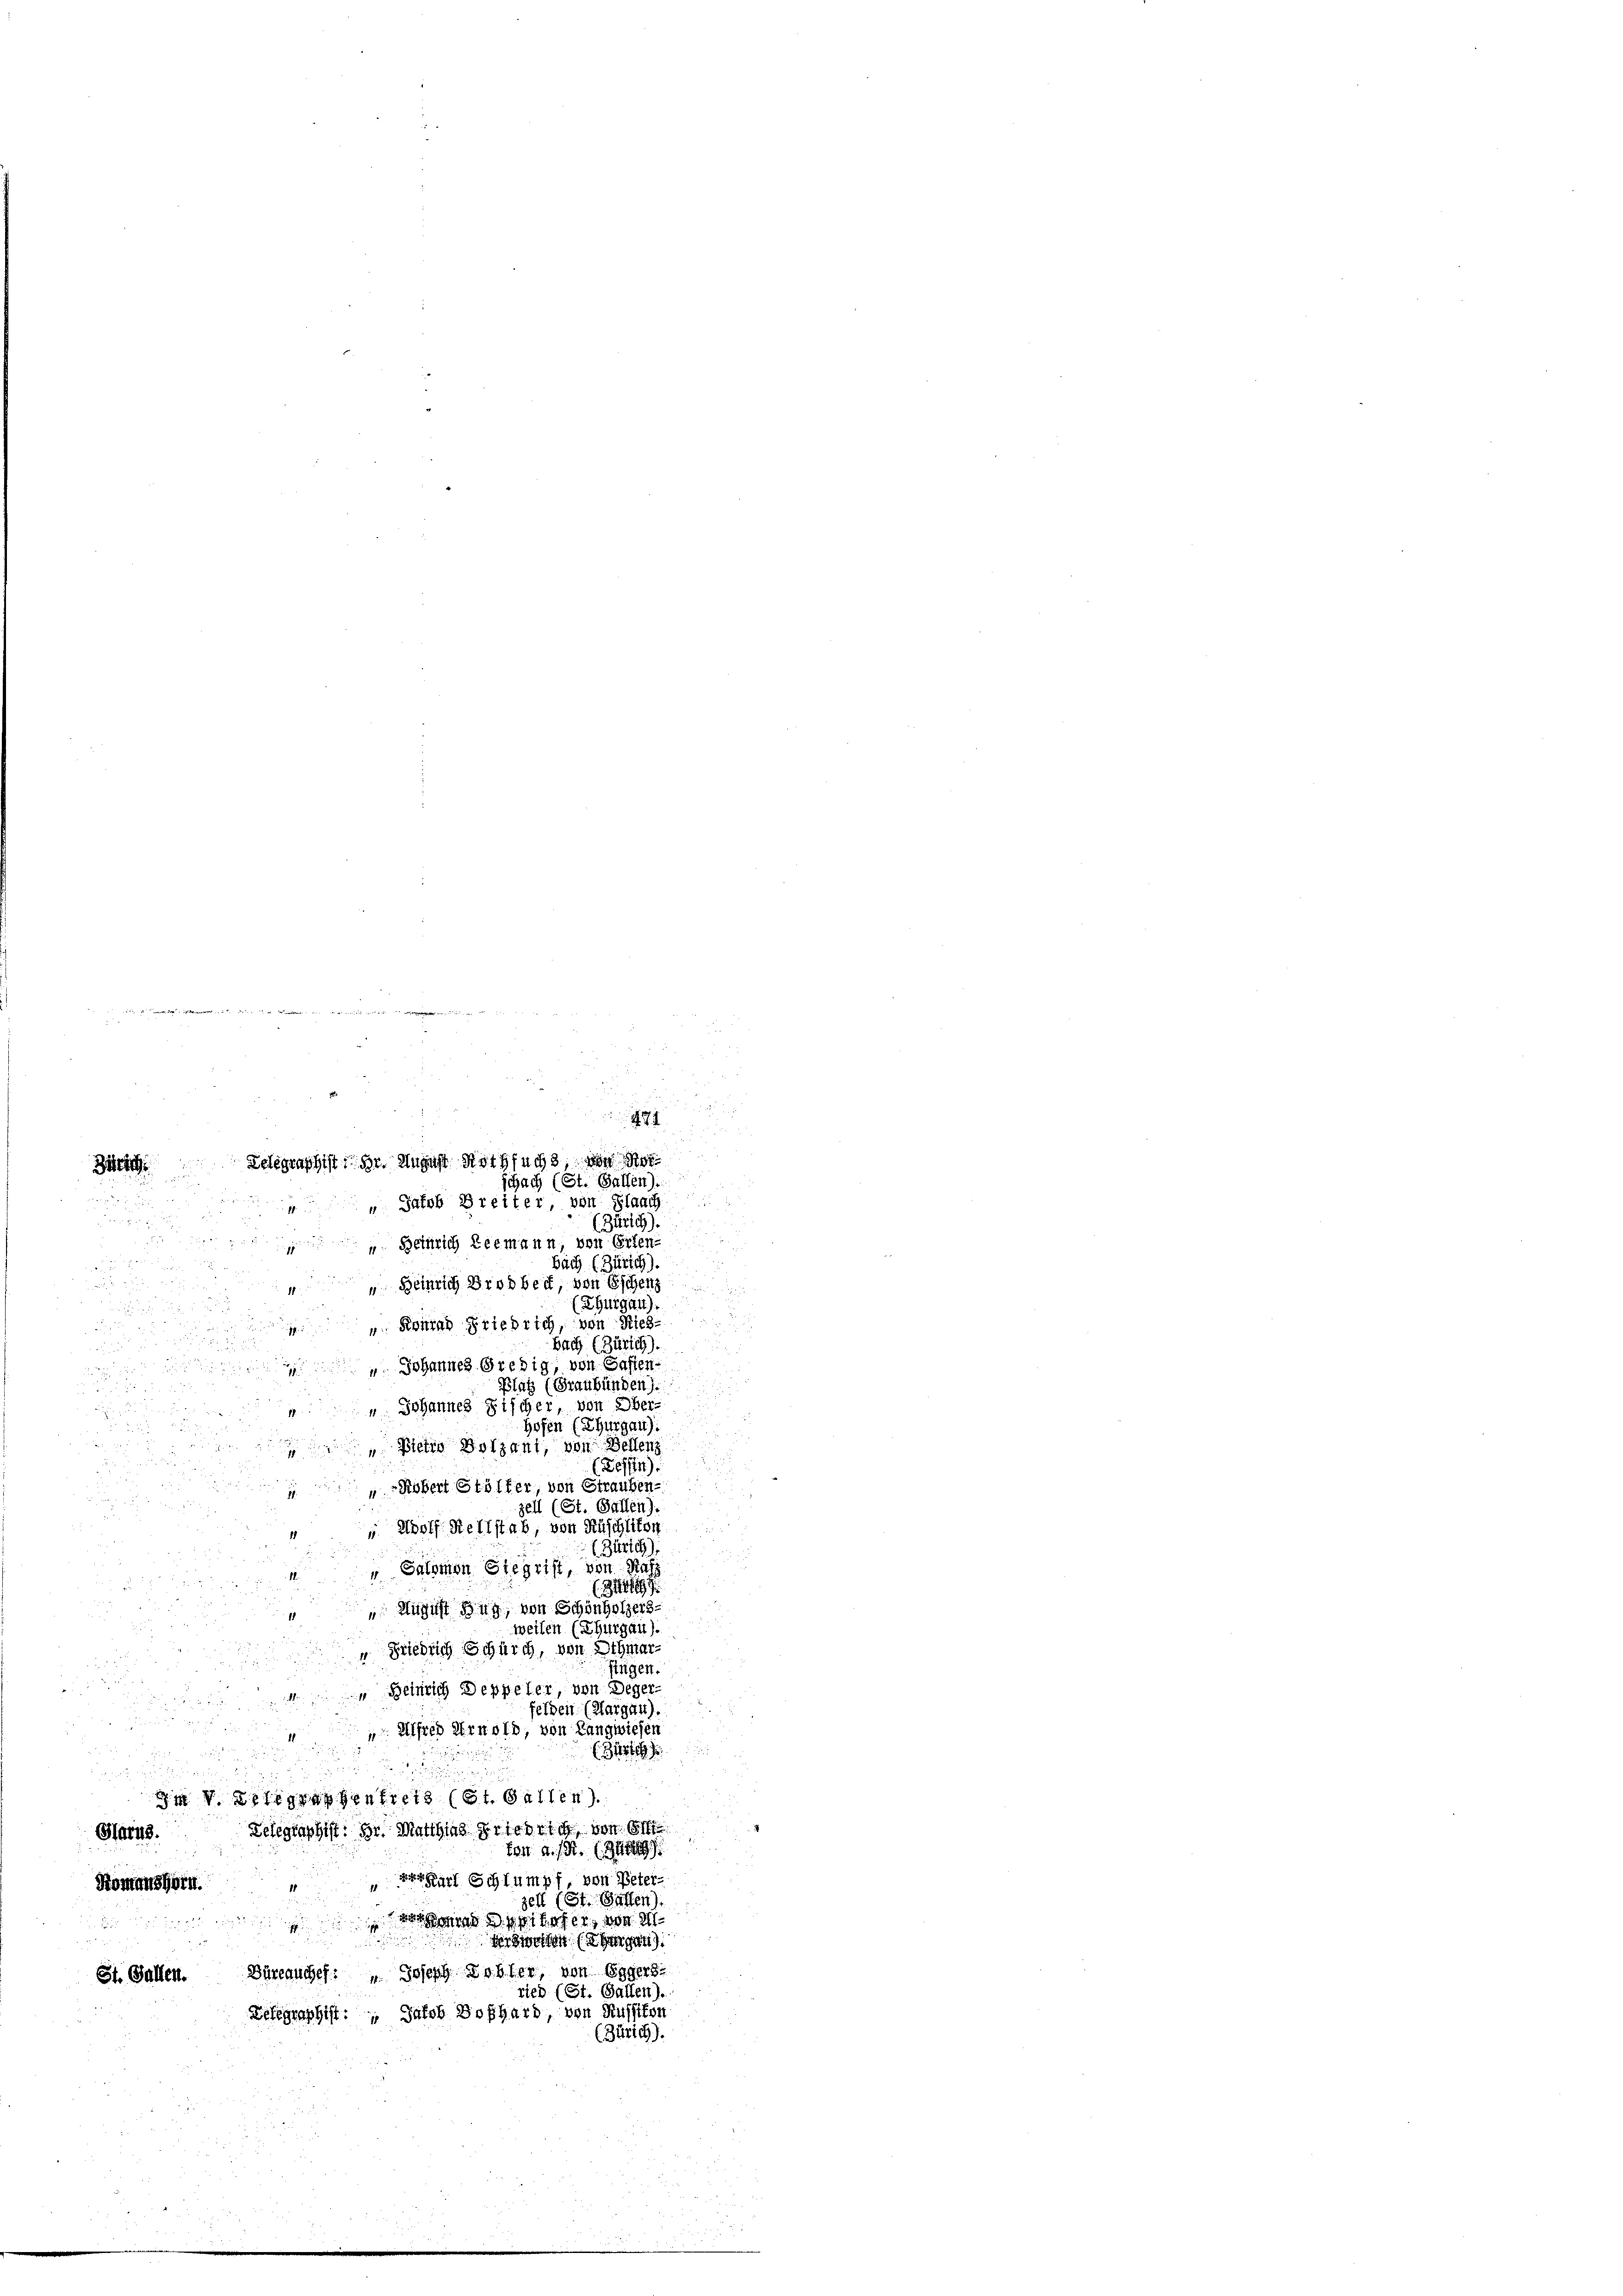
w

(Zürich).
 Beinrich Leemann, von Erlen-

Bäch (Zürich).
 Heinrich Brodbett, von Eschenz
(Thurgau).
 Konrad Friedrich, von Ries¬
Bach (Zürich).
 Johannes Gredig, von Gasten-
platz (Graubünden).
" Johannes Fischer, von Ober-
hofen (Thurgau).
". Dietin Holzant, von Bellenz
(Bessen).
" Robert Stöller, von Strauben-
u
zell (St. Gallen)
 Adolf Keltstab, von Rüschliton
E. Zürich)
" Salomon Stegrist, von Rafz
(Sitt
 August Zug, von Schönholzers-
weilen (Thurgau).
Friedrich Schürch, von Othmar-
fingen.
“ Beinrich Deppeler, von Deger-
felden. (Margau).
 Alfred Arnold, von Langwiesen
(Zürich
d

 V. Belegraphenfrei (St. Gallen.
Telegraphist: Hr. Matthias Friedrich von 6
Harus.
ton A. R. (Zug
 Karl Schlumpf, von Peter
Komanshorn.
zell (St. Gasten)
oad hofe, von

ersweisen (Eragen):
St. Gallen. Büreauches: " Joseph Lobler, von Eggers
ried (St. Gallen)
Delegraphist: Jakob Boßhard, von Russikon
(Zürich).

271
Delegraphist. Hr. August Rothfuchs, von de
B
schach (St. Gallen)
 Jakob Breiter, von Flaach